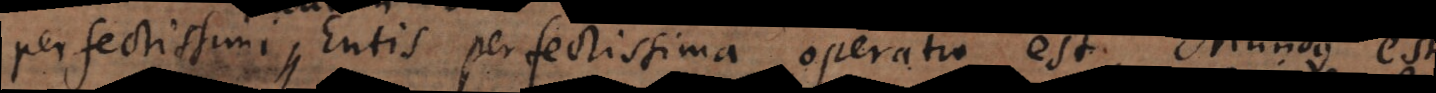
perfectissimi Entis perfectissima operatio est, Mundus est